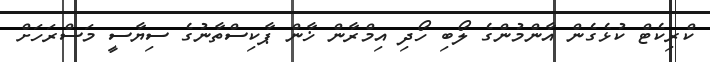
ކްރިކެޓް ކުޅެގެން އާންމުންގެ ލޯބި ހޯދި އިމްރާން ޚާން ޕާކިސްތާނުގެ ސިޔާސީ މަސްރަހަށް